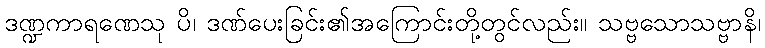
ဒဏ္ဍကာရဏေသု ပိ၊ ဒဏ်ပေးခြင်း၏အကြောင်းတို့တွင်လည်း။ သဗ္ဗသောသဗ္ဗာနိ၊